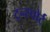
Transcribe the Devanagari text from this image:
ट्रन्स्पोर्ट